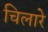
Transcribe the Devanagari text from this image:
चिलारे